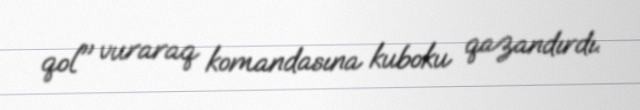
qol" vuraraq komandasına kuboku qazandırdı.